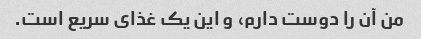
من آن را دوست دارم، و این یک غذای سریع است.